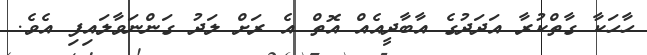
ހާހަކާ ގާތްކުރާ އަދަދުގެ އާބާދީއެއް އޮތް އެ ރަށް ލަދު ގަންނަވާލައިފި އެވެ.